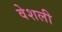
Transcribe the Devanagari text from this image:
वेशली